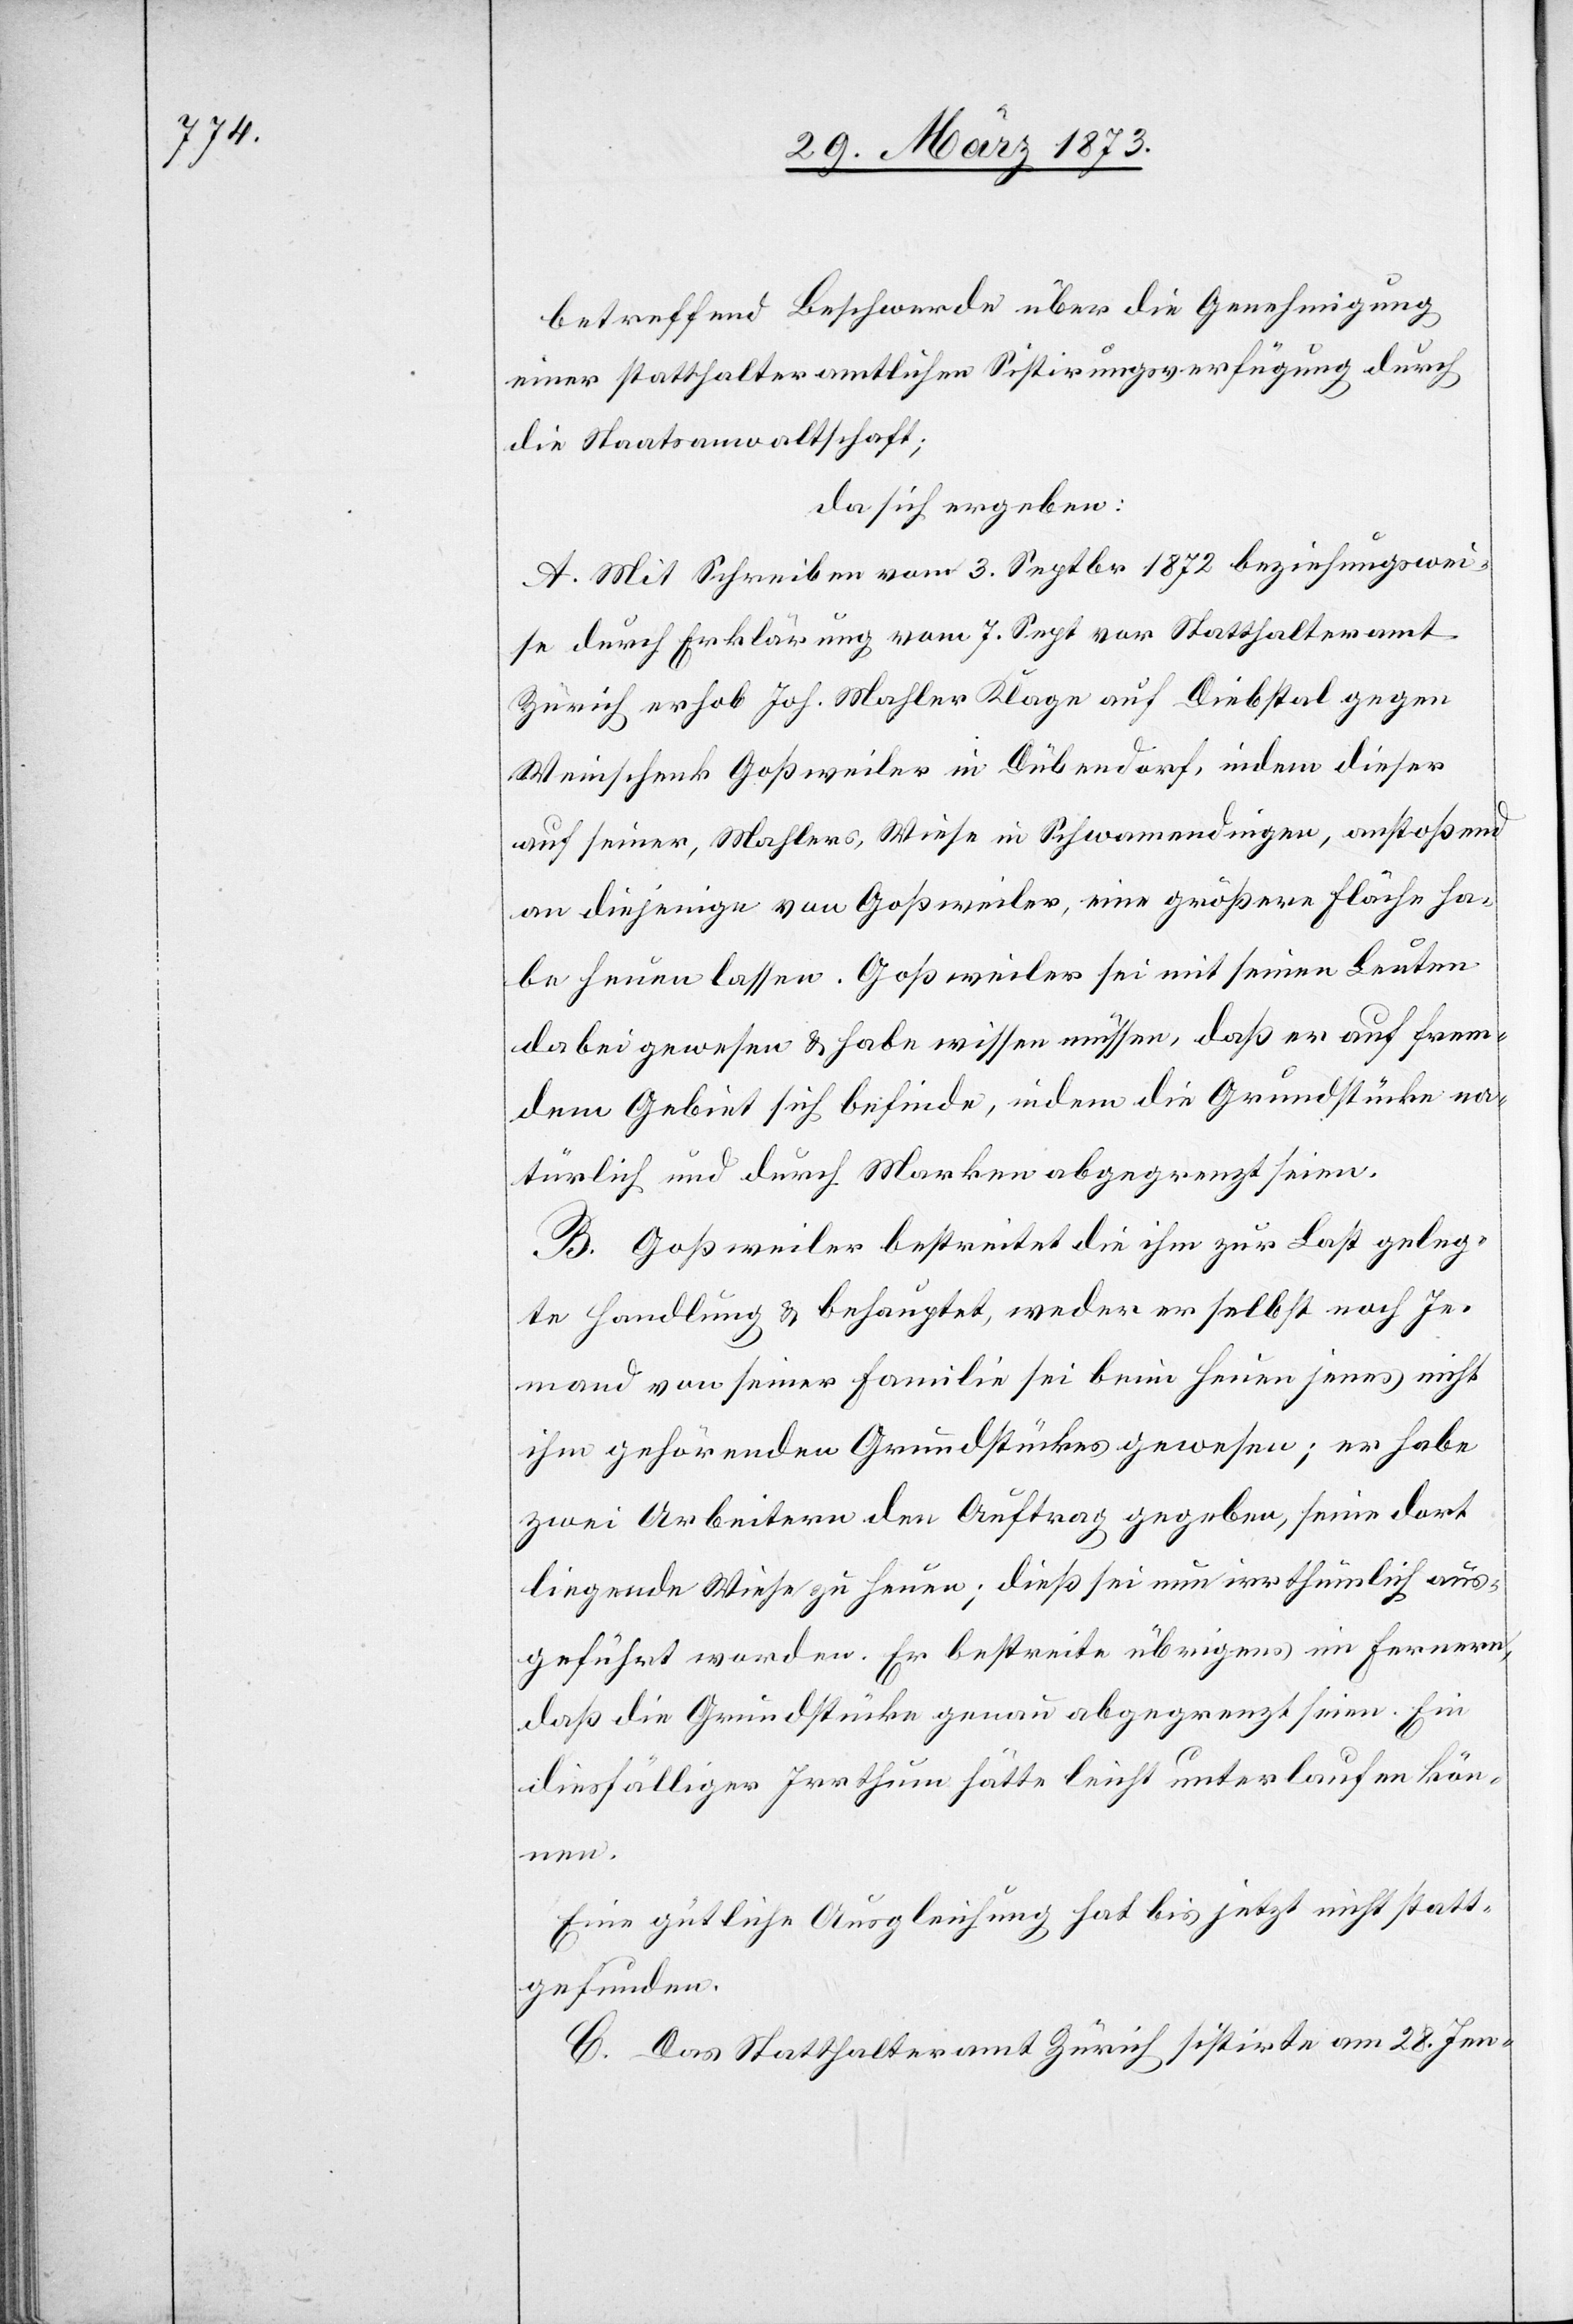
betreffend Beschwerde über die Genehmigung
einer statthalteramtlichen Sistirungsverfügung durch
die Staatsanwaltschaft;
da sich ergeben:
A. Mit Schreiben vom 3. Septbr. 1872 beziehungswei¬
se durch Erklärung vom 7. Sept. vor Statthalteramt
Zürich erhob Joh. Mahler Klage auf Diebstal gegen
Weinschenk Goßweiler in Dübendorf, indem dieser
auf seiner, Mahlers, Weise in Schwamendingen, anstoßend
an diejenige von Goßweiler, eine größere Fläche ha¬
be heuen lassen. Goßweiler sei mit seinen Leuten
dabei gewesen u. habe wissen müssen, daß er auf frem¬
dem Gebiet sich befinde, indem die Grundstücke na¬
türlich und durch Marken abgegrenzt seien.
B. Goßweiler bestreitet die ihm zur Last geleg¬
te Handlung u. behauptet, weder er selbst noch Je¬
mand von seiner Familie sei beim Heuen jenes nicht
ihm gehörenden Grundstückes gewesen; er habe
zwei Arbeitern den Auftrag gegeben, seine dort
liegende Wiese zu heuen; dieß sei nun irrthümlich aus¬
geführt worden. Er bestreite übrigens im Fernern,
daß die Grundstücke genau abgegrenzt seien. Ein
diesfälliger Irrthum hätte leicht unterlaufen kön¬
nen.
Eine gütliche Ausgleichung hat bis jetzt nicht statt¬
gefunden.
C. Das Statthalteramt Zürich sistirte am 28. Jen-